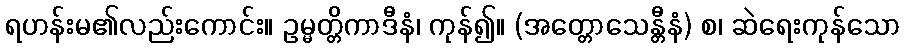
ရဟန်းမ၏လည်းကောင်း။ ဥမ္မတ္တိကာဒီနံ၊ ကုန်၍။ (အတ္တောသေန္တီနံ) စ၊ ဆဲရေးကုန်သော